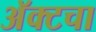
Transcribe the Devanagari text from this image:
अॅक्टचा